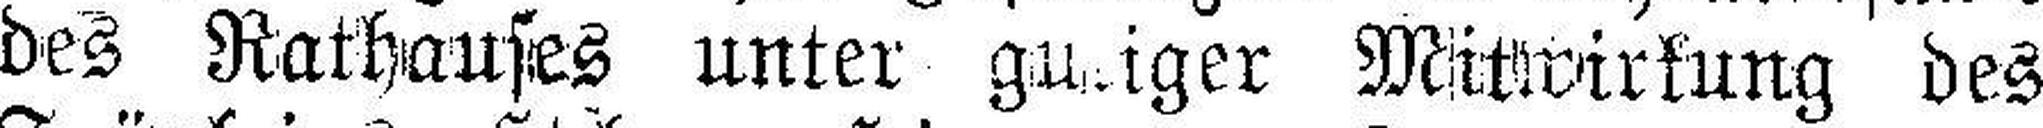
des Rathauses unter gasiger Mitwirkung des